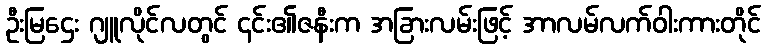
ဦးမြဌေး ဂျူလိုင်လတွင် ၎င်း၏ဇနီးက အခြားလမ်းဖြင့် အာလမ်လက်ဝါးကားတိုင်